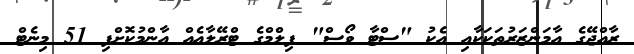
ރާއްޖޭގެ އާމަންޒަރުތަކަކާއި އެކު "ސްޓާ ވޯސް" ފިލްމްގެ ޓްރޭލާއެއް އާންމުކޮށްފި 51 މިނެޓް